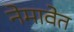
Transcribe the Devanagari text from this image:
नेमावेत